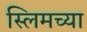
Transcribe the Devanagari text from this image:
स्लिमच्या